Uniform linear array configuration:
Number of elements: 32
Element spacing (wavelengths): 1
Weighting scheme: uniform
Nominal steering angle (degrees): -30
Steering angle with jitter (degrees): -30.724
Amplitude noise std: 0.05
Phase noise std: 0.05

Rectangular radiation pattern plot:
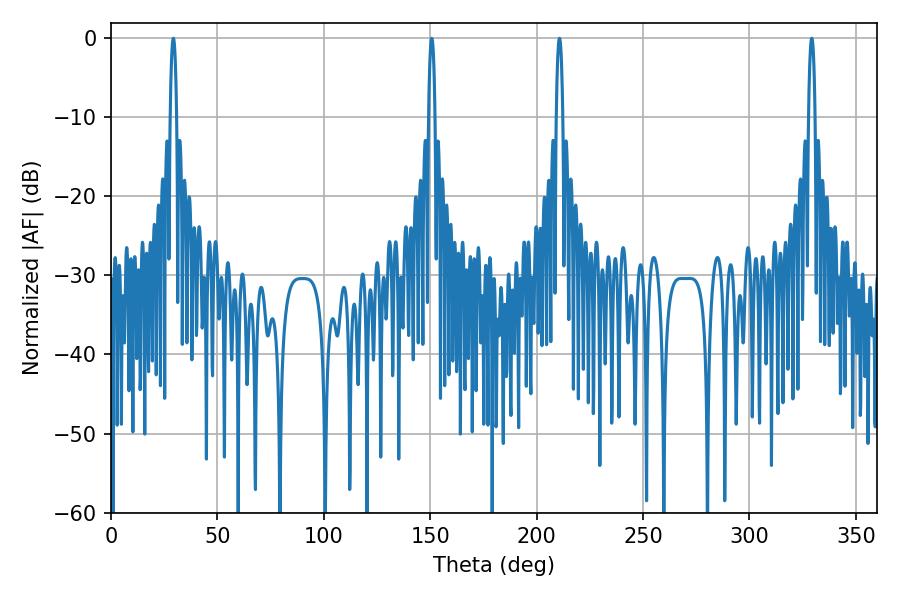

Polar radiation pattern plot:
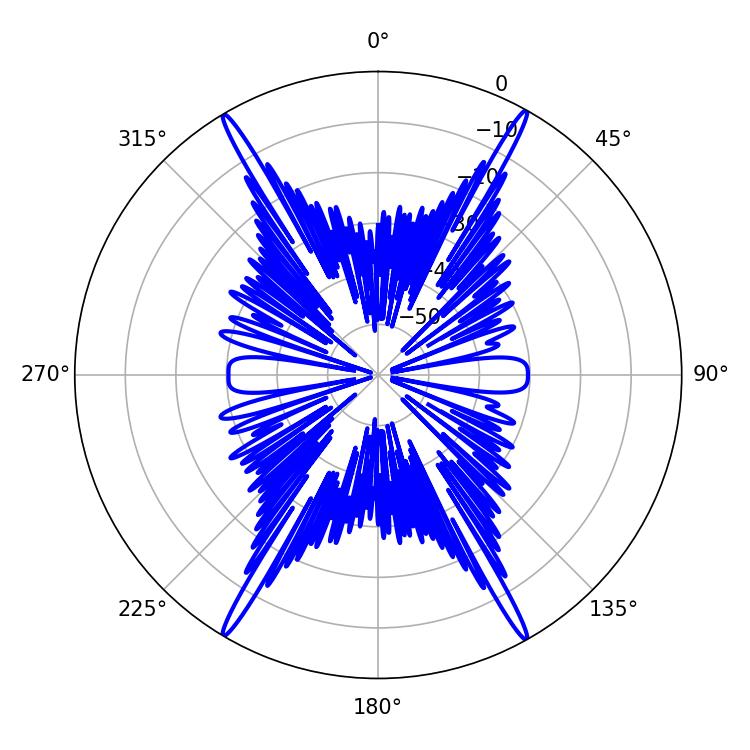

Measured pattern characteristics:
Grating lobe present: TRUE
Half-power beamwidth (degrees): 1.62
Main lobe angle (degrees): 150.66